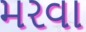
મરવા